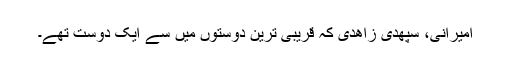
امیرانی، سپھدی زاھدی کہ قریبی ترین دوستوں میں سے ایک دوست تھے۔